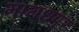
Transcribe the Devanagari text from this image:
मागधपुर